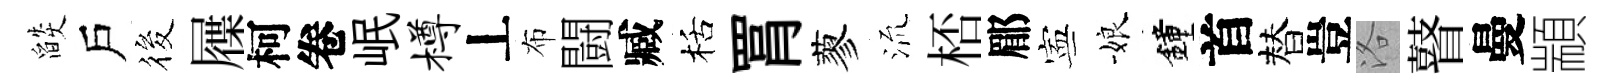
燄戶筱屧柯卷岷樽丄布闘臧栝罥蓼𣴑桮郿寕娘鐘首替豈洛瞽曼顓